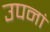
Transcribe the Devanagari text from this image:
उपनां